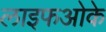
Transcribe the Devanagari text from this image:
लाइफओके